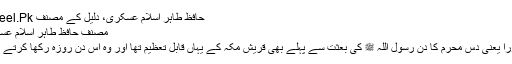
حافظ طاہر اسلام عسکری، دلیل کے مصنف Daleel.Pk
مصنف حافظ طاہر اسلام عسکری
عاشورا یعنی دس محرم کا دن رسول اللہ ﷺ کی بعثت سے پہلے بھی قریش مکہ کے یہاں قابل تعظیم تھا اور وہ اس دن روزہ رکھا کرتے تھے۔